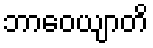
ဘာဝေယျာတိ